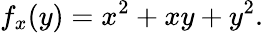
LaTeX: f_{x}(y)=x^{2}+xy+y^{2}.